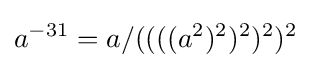
a^{-31}=a/((((a^{2})^{2})^{2})^{2})^{2}